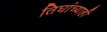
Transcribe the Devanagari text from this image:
तिघांच्याही